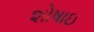
શોષાઇ